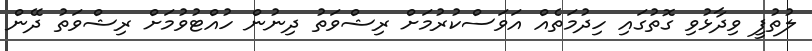
ލުތުފީ ވިދާޅުވި ގޮތުގައި ހިދުމަތެއް އަވަސްކުރުމަށް ރިޝްވަތު ދިނުން ހުއްޓުވުމަށް ރިޝްވަތު ދޭން